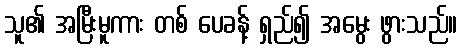
သူ၏ အမြီးမူကား တစ် ပေခန့် ရှည်၍ အမွေး ဖွားသည်။